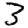
Digit: 3